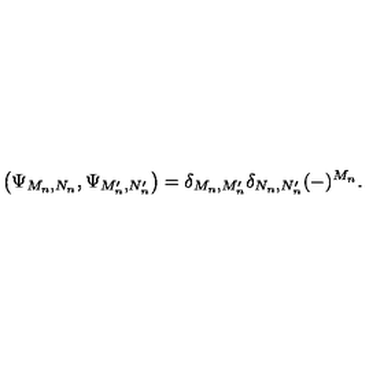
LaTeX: \left( \Psi _ { M _ { n } , N _ { n } } , \Psi _ { M _ { n } ^ { \prime } , N _ { n } ^ { \prime } } \right) = \delta _ { M _ { n } , M _ { n } ^ { \prime } } \delta _ { N _ { n } , N _ { n } ^ { \prime } } ( - ) ^ { M _ { n } } .